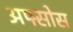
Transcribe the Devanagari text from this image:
अफ्सोस